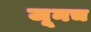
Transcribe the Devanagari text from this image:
जूनच